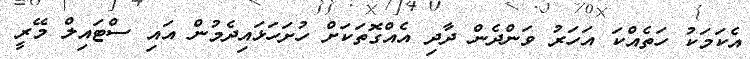
އެކަމަކު ހަތެއްކަ އަހަރު ވަންދެން ދާދި އެއްގޮތަކަށް ހުށަހަޅައިދެމުން އައި ސްޓައިލް މޭރީ